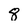
Character: 8